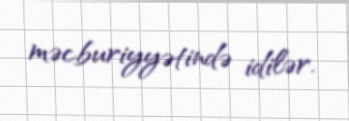
məcburiyyətində idilər.